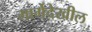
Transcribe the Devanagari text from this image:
मार्गेदेखील